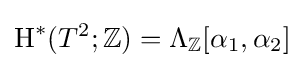
\operatorname {H} ^{*}(T^{2};\mathbb {Z} )=\Lambda _{\mathbb {Z} }[\alpha _{1},\alpha _{2}]